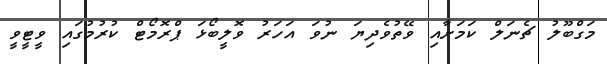
މަގްބޫލު ޗެނަލް ކަމަށާއި ވޭތުވެދިޔަ ނުވަ އަހަރު ވޮލީބޯޅަ ޕްރޮމޯޓް ކުރުމުގައި ވީޓީވީ